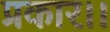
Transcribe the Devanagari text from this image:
प्रकार।।